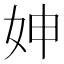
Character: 妽